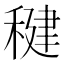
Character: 𫁀